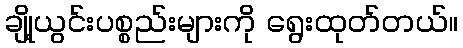
ချို့ယွင်းပစ္စည်းများကို ရွေးထုတ်တယ်။